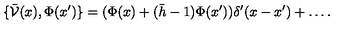
\{ \bar { \mathcal V } ( x ) , \Phi ( x ^ { \prime } ) \} = ( \Phi ( x ) + ( \bar { h } - 1 ) \Phi ( x ^ { \prime } ) ) \delta ^ { \prime } ( x - x ^ { \prime } ) + \ldots .